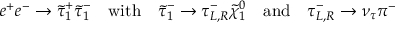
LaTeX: e ^ { + } e ^ { - } \to \tilde { \tau } _ { 1 } ^ { + } \tilde { \tau } _ { 1 } ^ { - } \quad \mathrm { w i t h } \quad \tilde { \tau } _ { 1 } ^ { - } \to \tau _ { L , R } ^ { - } \tilde { \chi } _ { 1 } ^ { 0 } \quad \mathrm { a n d } \quad \tau _ { L , R } ^ { - } \to \nu _ { \tau } \pi ^ { - }